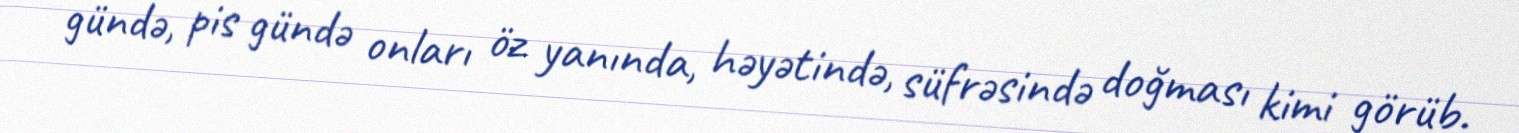
gündə, pis gündə onları öz yanında, həyətində, süfrəsində doğması kimi görüb.